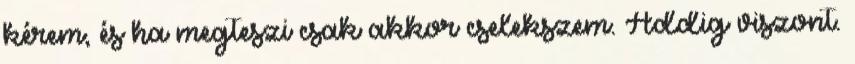
kérem, és ha megteszi csak akkor cselekszem. Addig viszont.